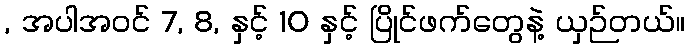
, အပါအဝင် 7, 8, နှင့် 10 နှင့် ပြိုင်ဖက်တွေနဲ့ ယှဉ်တယ်။